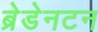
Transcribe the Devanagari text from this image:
ब्रेडेनटन